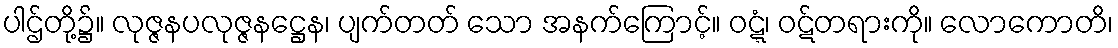
ပါဌ်တို့၌။ လုဇ္ဇနပလုဇ္ဇနဋ္ဌေန၊ ပျက်တတ် သော အနက်ကြောင့်။ ဝဋ္ဋံ၊ ဝဋ်တရားကို။ လောကောတိ၊